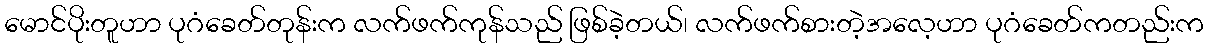
မောင်ပိုးတူဟာ ပုဂံခေတ်တုန်းက လက်ဖက်ကုန်သည် ဖြစ်ခဲ့တယ်၊ လက်ဖက်စားတဲ့အလေ့ဟာ ပုဂံခေတ်ကတည်းက